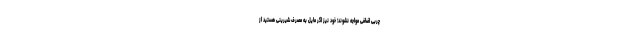
چربی اضافی مواجه نشوند؛ خود نیز اگر مایل به مصرف شیرینی هستید از